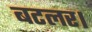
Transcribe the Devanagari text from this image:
बटलर।